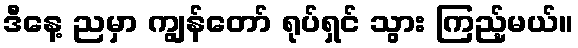
ဒီနေ့ ညမှာ ကျွန်တော် ရုပ်ရှင် သွား ကြည့်မယ်။